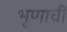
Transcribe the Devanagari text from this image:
भृणाची